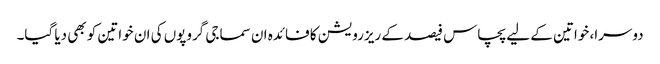
دوسرا، خواتین کے لیے پچاس فیصد کے ریزرویشن کا فائدہ ان سماجی گروپوں کی ان خواتین کو بھی دیا گیا۔